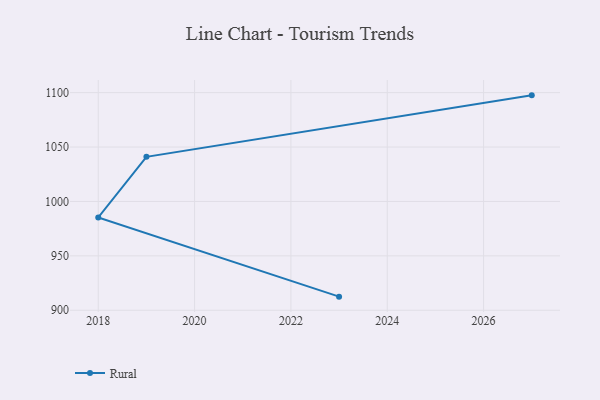
{"axis": {"x": "Year", "y": "Demand Index"}, "legend": ["Rural"], "data": [{"x": "2027", "y": 1097.5, "type": "Rural"}, {"x": "2019", "y": 1041.0, "type": "Rural"}, {"x": "2018", "y": 985.3, "type": "Rural"}, {"x": "2023", "y": 912.5, "type": "Rural"}]}